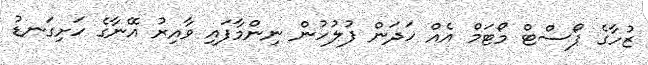
ޒުހާގެ ޕޯސްޓް މޯޓަމް އެއް ހަދަން ފުލުހުން ނިންމާފައި ވާއިރު އޭނާގެ ހަށިގަނޑު